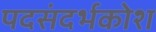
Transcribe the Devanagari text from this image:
पदसंदर्भकोश